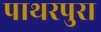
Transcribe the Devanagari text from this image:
पाथरपुरा